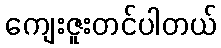
ကျေးဇူးတင်ပါတယ်